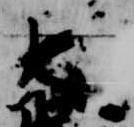
大